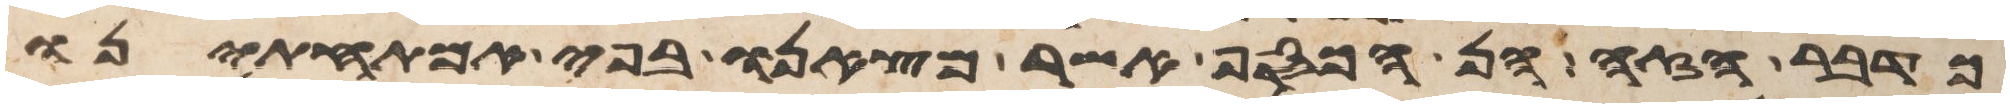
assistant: כדבר הזה הן הכסף אשר מצאנו בפי אמתחתינו